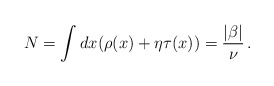
\begin{align*}N = \int dx( \rho(x) +\eta \tau(x)) = {|\beta| \over \nu}\,.\end{align*}